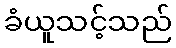
ခံယူသင့်သည်